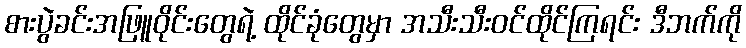
စားပွဲခင်းအဖြူဝိုင်းတွေရဲ့ ထိုင်ခုံတွေမှာ အသီးသီးဝင်ထိုင်ကြရင်း ဒီဘက်ကို